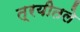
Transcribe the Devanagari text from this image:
त्रयीतले